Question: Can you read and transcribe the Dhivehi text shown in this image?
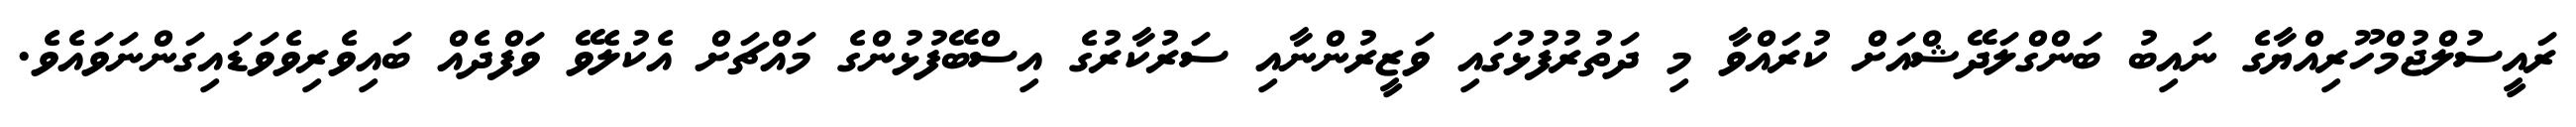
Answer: ރައީސުލްޖުމްހޫރިއްޔާގެ ނައިބު ބަންގްލަދޭޝްއަށް ކުރައްވާ މި ދަތުރުފުޅުގައި ވަޒީރުންނާއި ސަރުކާރުގެ އިސްބޭފުޅުންގެ މައްޗަށް އެކުލެވޭ ވަފްދެއް ބައިވެރިވެވަޑައިގަންނަވައެވެ.